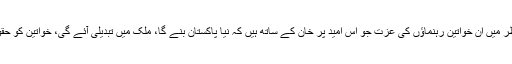
" یہ ہے عمران خان کی نظر میں ان خواتین رہنماؤں کی عزت جو اس امید پر خان کے ساتھ ہیں کہ نیا پاکستان بنے گا، ملک میں تبدیلی آئے گی، خواتین کو حقوق ملیں گے وغیرہ وغیرہ۔